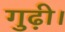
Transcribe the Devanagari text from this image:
गुढ़ी।